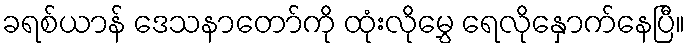
ခရစ်ယာန် ဒေသနာတော်ကို ထုံးလိုမွှေ ရေလိုနှောက်နေပြီ။